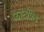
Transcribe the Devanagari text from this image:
फोटोफ्रेम